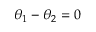
\theta _ { 1 } - \theta _ { 2 } = 0